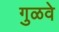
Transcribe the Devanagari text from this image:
गुळवे